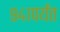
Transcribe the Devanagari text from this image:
९४१पर्यंत